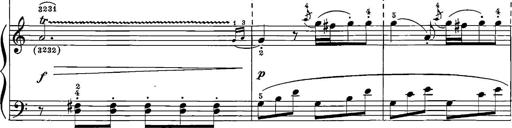
Title: 12 Sonatinas
Composer: Ignaz Pleyel